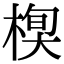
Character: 𣕍